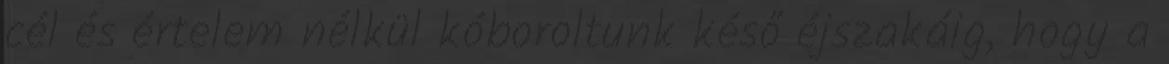
cél és értelem nélkül kóboroltunk késő éjszakáig, hogy a